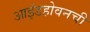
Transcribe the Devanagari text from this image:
आइंडहोवनची